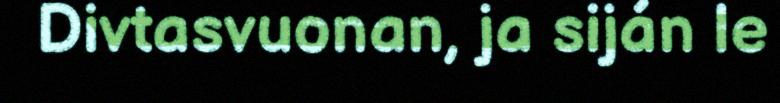
Divtasvuonan, ja siján le